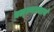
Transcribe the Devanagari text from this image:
बल्ल्भाचार्य